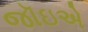
જૉઇએ